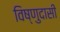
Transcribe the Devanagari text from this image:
विष्णुदासी